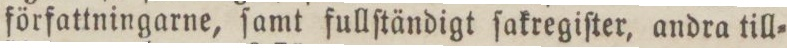
författningarne, ſamt fullſtändigt ſakregiſter, andra till=